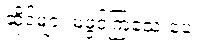
ဆိုင်များ မဖွင့်ကြသေးပေ။